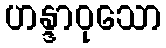
ဟန္ဒာဝုသော